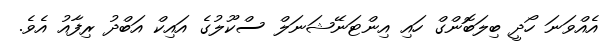
އެއްވަނަ ހޯދީ ބިލަބޮންގް ހައި އިންޓަނޭޝަނަލް ސްކޫލުގެ އައިކް އަބްދު ރިފާއު އެވެ.